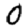
Digit: 0